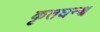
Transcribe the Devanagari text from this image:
कृतघन्श्च